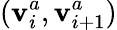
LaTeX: (\mathbf{v}_{i}^{a},\mathbf{v}_{i+1}^{a})